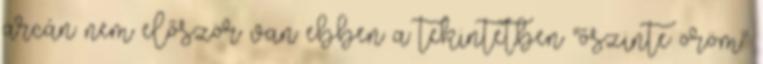
arcán nem először van ebben a tekintetben "őszinte öröm"